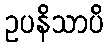
ဥပနိသာပိ